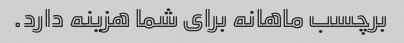
برچسب ماهانه برای شما هزینه دارد.